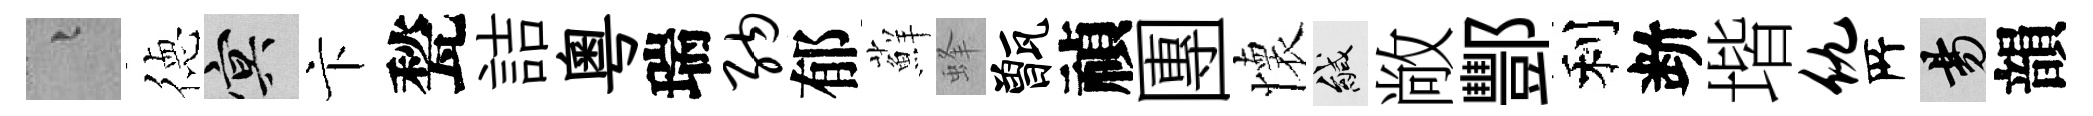
融徳冥卞甃詰粵瑞纳郁蘚蜂甑禎團懷緘敞酆利断堦仇𠩄昜韻